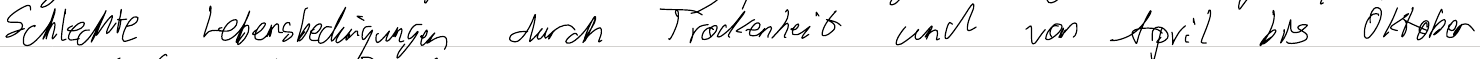
Schlechte Lebensbedingungen durch Trockenheit und von April bis Oktober